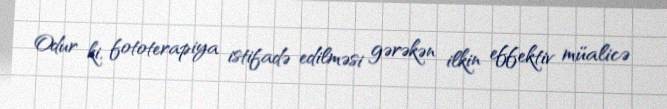
Odur ki, fototerapiya istifadə edilməsi gərəkən ilkin effektiv müalicə